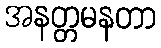
အနတ္တမနတာ